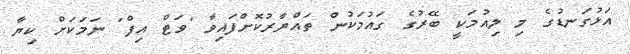
އަޅުގަނޑުގެ މި ލިއުމަކީ ބޭރުގެ ގައުމަކުން ތައްޔާރުކޮށްފައިވާ 'ވަޓް އިފް' ނަމަކަށް ކިޔާ